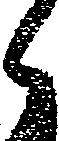
候